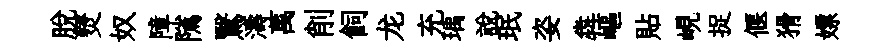
脫燹奴障隲鷖濤萬削飼龙充瑀說珉姿犇嶇貼峴捉偃猾嫖